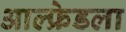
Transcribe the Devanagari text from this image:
आल्फ्रेडला